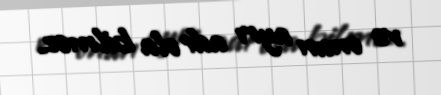
və onun ayrı adı ola bilməz.